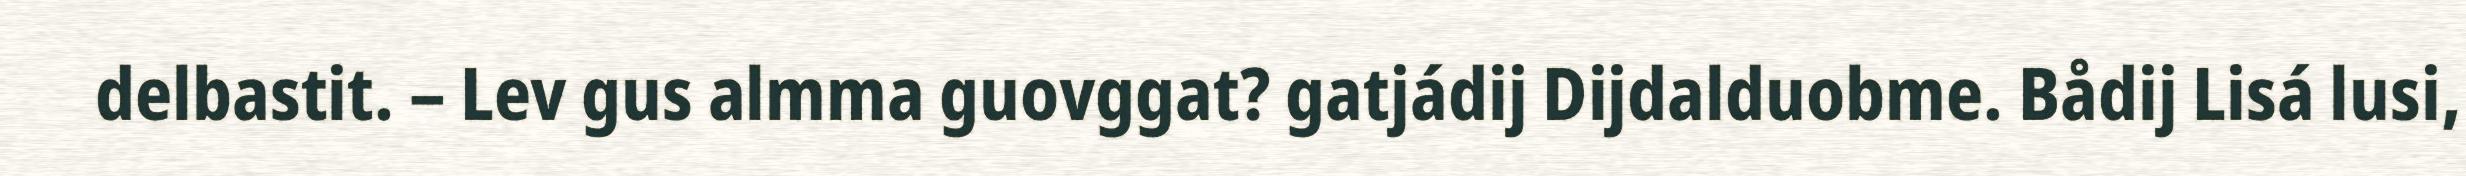
delbastit. – Lev gus almma guovggat? gatjádij Dijdalduobme. Bådij Lisá lusi,